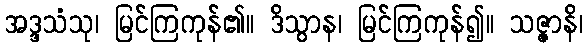
အဒ္ဒသံသု၊ မြင်ကြကုန်၏။ ဒိသွာန၊ မြင်ကြကုန်၍။ သဇ္ဇာနိ၊